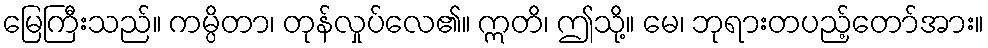
မြေကြီးသည်။ ကမ္ပိတာ၊ တုန်လှုပ်လေ၏။ ဣတိ၊ ဤသို့။ မေ၊ ဘုရားတပည့်တော်အား။